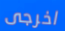
اخرجى